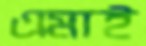
এমাই